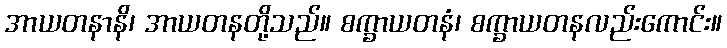
အာယတနာနိ၊ အာယတနတို့သည်။ စက္ခာယတနံ၊ စက္ခာယတနလည်းကောင်း။